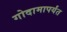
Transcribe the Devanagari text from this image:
गोदामापर्यंत